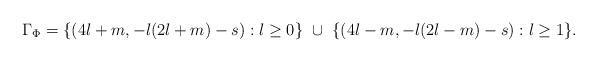
LaTeX: \begin{align*}\Gamma_\Phi = \{(4l+m, -l(2l+m)-s):l\ge 0\}\ \cup\ \{(4l-m, -l(2l-m)-s):l\ge 1\}.\end{align*}